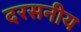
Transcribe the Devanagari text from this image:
दरसनीय